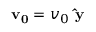
\mathbf { v _ { 0 } } = v _ { 0 } { \ \mathbf { \hat { y } } }